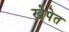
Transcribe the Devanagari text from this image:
खेपेत